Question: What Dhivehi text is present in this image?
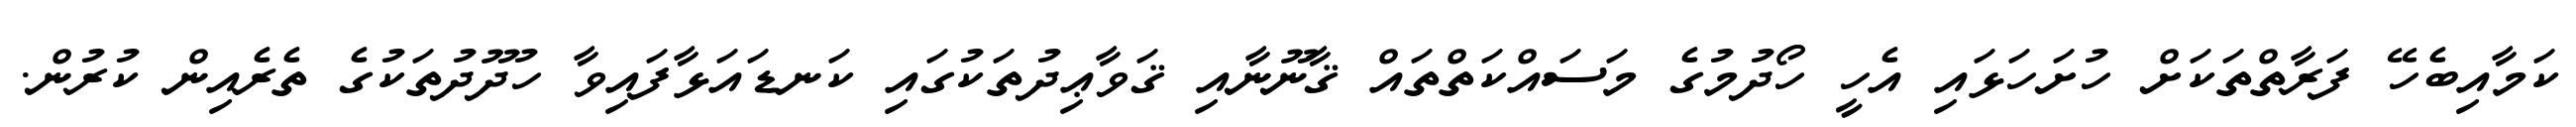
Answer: ކަމާއިބެހޭ ފަރާތްތަކަށް ހުށަހަޅައި އެހީ ހޯދުމުގެ މަސައްކަތްތައް ޤާނޫނާއި ޤަވާޢިދުތަކުގައި ކަނޑައަޅާފައިވާ ހުދޫދުތަކުގެ ތެރެއިން ކުރުން.